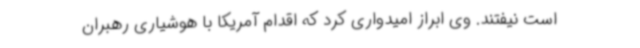
است نیفتند. وی ابراز امیدواری کرد که اقدام آمریکا با هوشیاری رهبران